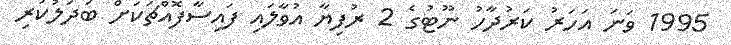
1995 ވަނަ އަހަރު ކަރުދާހު ނޫޓުގެ 2 ރުފިޔާ އުވާލައި ފައިސާފޮއްޗަކަށް ބަދަލުކުރި